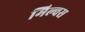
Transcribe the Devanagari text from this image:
मिल्वस